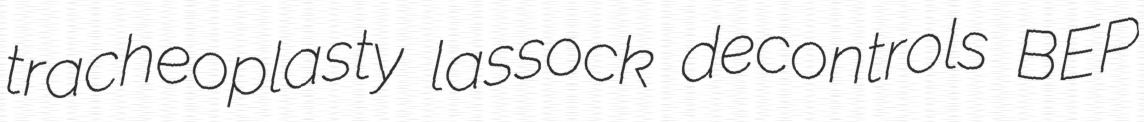
tracheoplasty lassock decontrols BEP